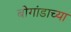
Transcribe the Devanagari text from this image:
बोगांडाच्या